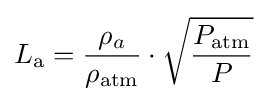
L_{\rm {a}}={\frac {\rho _{a}}{\rho _{\rm {atm}}}}\cdot {\sqrt {\frac {P_{\rm {atm}}}{P}}}